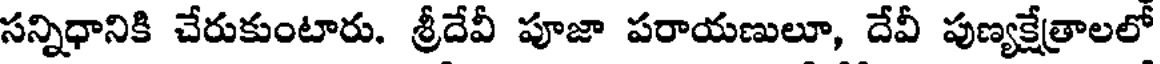
సన్నిధానికి చేరుకుంటారు. శ్రీదేవీ పూజా పరాయణులూ, దేవీ పుణ్యక్షేత్రాలలో